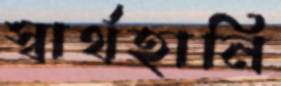
স্বার্থহানি